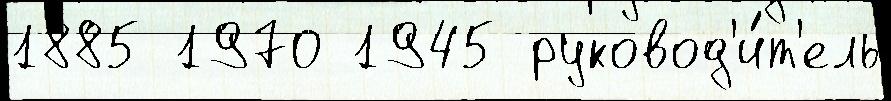
1885 1970 1945 руковод'и́т'ель